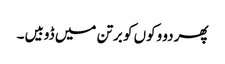
پھر دو وکوں کو برتن میں ڈوبیں۔